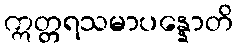
ဣတ္တရသမာပန္နောတိ